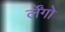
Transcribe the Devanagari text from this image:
र्लेंगो